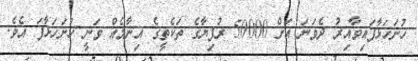
ހުށަހަޅާފައިވާއިރު ދެވަނަ އަށް 50000 ރުފިޔާގެ ތަކެތީގެ އިނާމެއް ވަނީ ހުށަހަޅާފަ އެވެ.